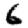
Digit: 6